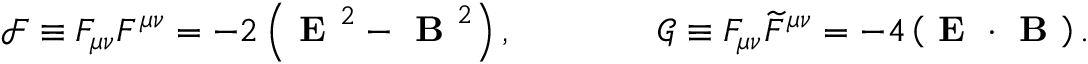
\mathcal { F } \equiv F _ { \mu \nu } F ^ { \mu \nu } = - 2 \left( \textbf { E } ^ { 2 } - \textbf { B } ^ { 2 } \right) , \qquad \qquad \mathcal { G } \equiv F _ { \mu \nu } { \widetilde F } ^ { \mu \nu } = - 4 \left( \textbf { E } \cdot \textbf { B } \right) .